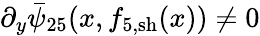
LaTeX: \partial_{y}\bar{\psi}_{25}(x,f_{5,\mathrm{sh}}(x))\neq 0